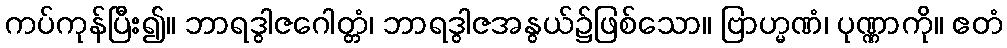
ကပ်ကုန်ပြီး၍။ ဘာရဒွါဇဂေါတ္တံ၊ ဘာရဒွါဇအနွယ်၌ဖြစ်သော။ ဗြာဟ္မဏံ၊ ပုဏ္ဏာကို။ ဧတံ